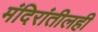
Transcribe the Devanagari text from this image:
मंदिरांतीलही